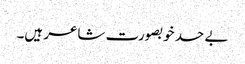
بے حد خوبصورت شاعر ہیں۔